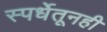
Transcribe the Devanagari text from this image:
स्पर्धेतूनही